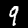
Label: 9